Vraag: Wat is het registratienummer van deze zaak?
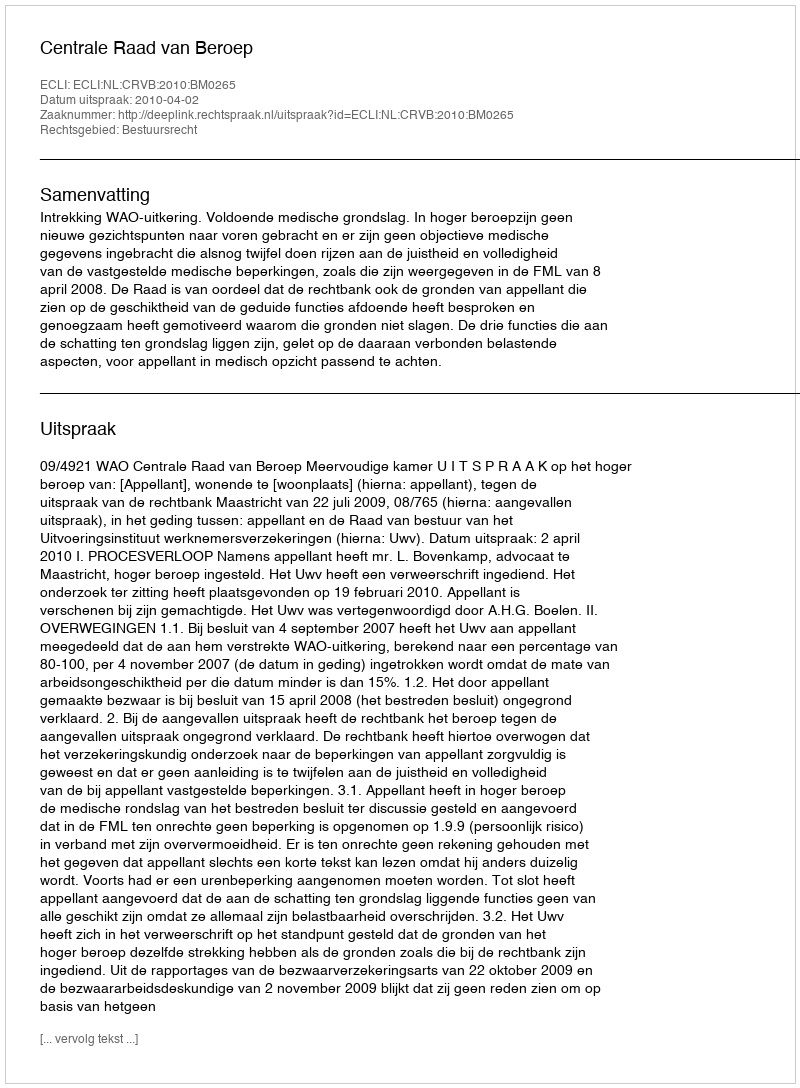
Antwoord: http://deeplink.rechtspraak.nl/uitspraak?id=ECLI:NL:CRVB:2010:BM0265